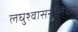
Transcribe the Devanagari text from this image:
लघुश्वासनलिका